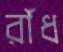
রাঁধ